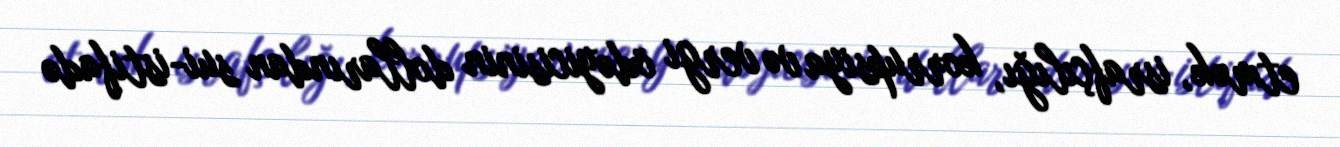
etmək, israfçılığı, korrupsiya və vergi ödəyicisinin dollarından sui-istifadə